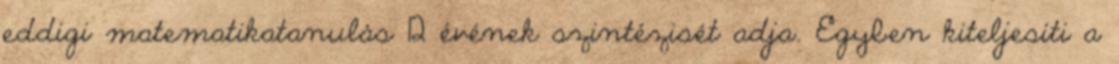
eddigi matematikatanulás 12 évének szintézisét adja. Egyben kiteljesíti a